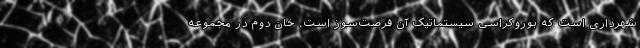
شهرداری است که بوروکراسی سیستماتیک آن فرصت‌سوز است. خان دوم در مجموعه